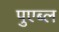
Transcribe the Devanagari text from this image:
पुएब्ल